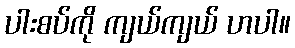
ပါးစပ်ကို ကျယ်ကျယ် ဟပါ။